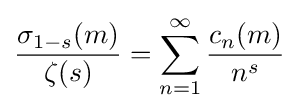
{\frac {\sigma _{1-s}(m)}{\zeta (s)}}=\sum _{n=1}^{\infty }{\frac {c_{n}(m)}{n^{s}}}